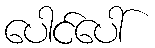
ပေါင်ပေါ်